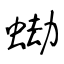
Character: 蜐